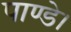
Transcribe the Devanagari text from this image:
पाण्डे।